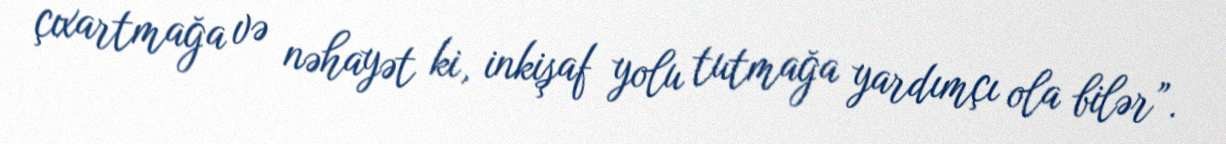
çıxartmağa və nəhayət ki, inkişaf yolu tutmağa yardımçı ola bilər”.